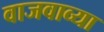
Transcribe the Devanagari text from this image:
वाजवाव्या